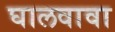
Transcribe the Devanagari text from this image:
घालवावा